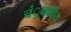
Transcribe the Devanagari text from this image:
चंुबकीय